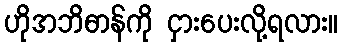
ဟိုအဘိဓာန်ကို ငှားပေးလို့ရလား။